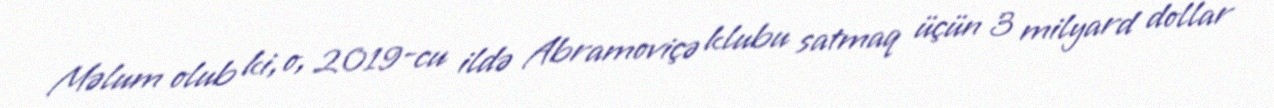
Məlum olub ki, o, 2019-cu ildə Abramoviçə klubu satmaq üçün 3 milyard dollar